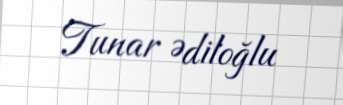
Tunar Ədiloğlu